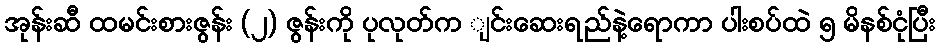
အုန်းဆီ ထမင်းစားဇွန်း (၂) ဇွန်းကို ပုလုတ်က ျင်းဆေးရည်နဲ့ရောကာ ပါးစပ်ထဲ ၅ မိနစ်ငုံပြီး